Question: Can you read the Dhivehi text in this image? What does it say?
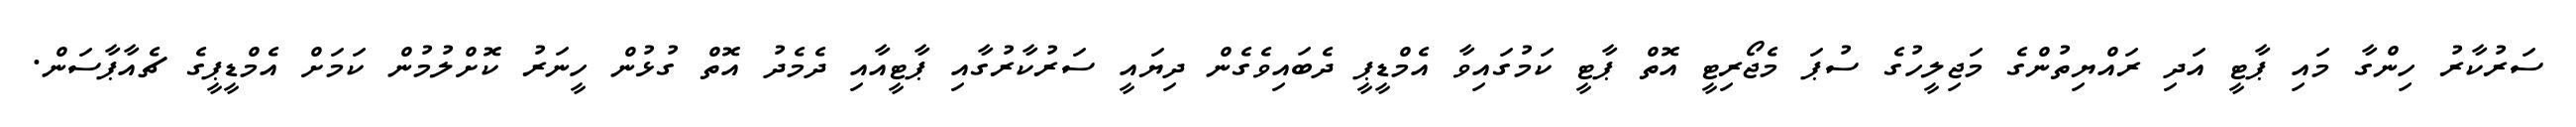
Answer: ސަރުކާރު ހިންގާ މައި ޕާޓީ އަދި ރައްޔިތުންގެ މަޖިލީހުގެ ސުޕަ މެޖޯރިޓީ އޮތް ޕާޓީ ކަމުގައިވާ އެމްޑީޕީ ދެބައިވެގެން ދިޔައީ ސަރުކާރުގާއި ޕާޓީއާއި ދެމެދު އޮތް ގުޅުން ހީނަރު ކޮށްލުމުން ކަމަށް އެމްޑީޕީގެ ޗެއާޕާސަން.